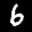
Label: 6